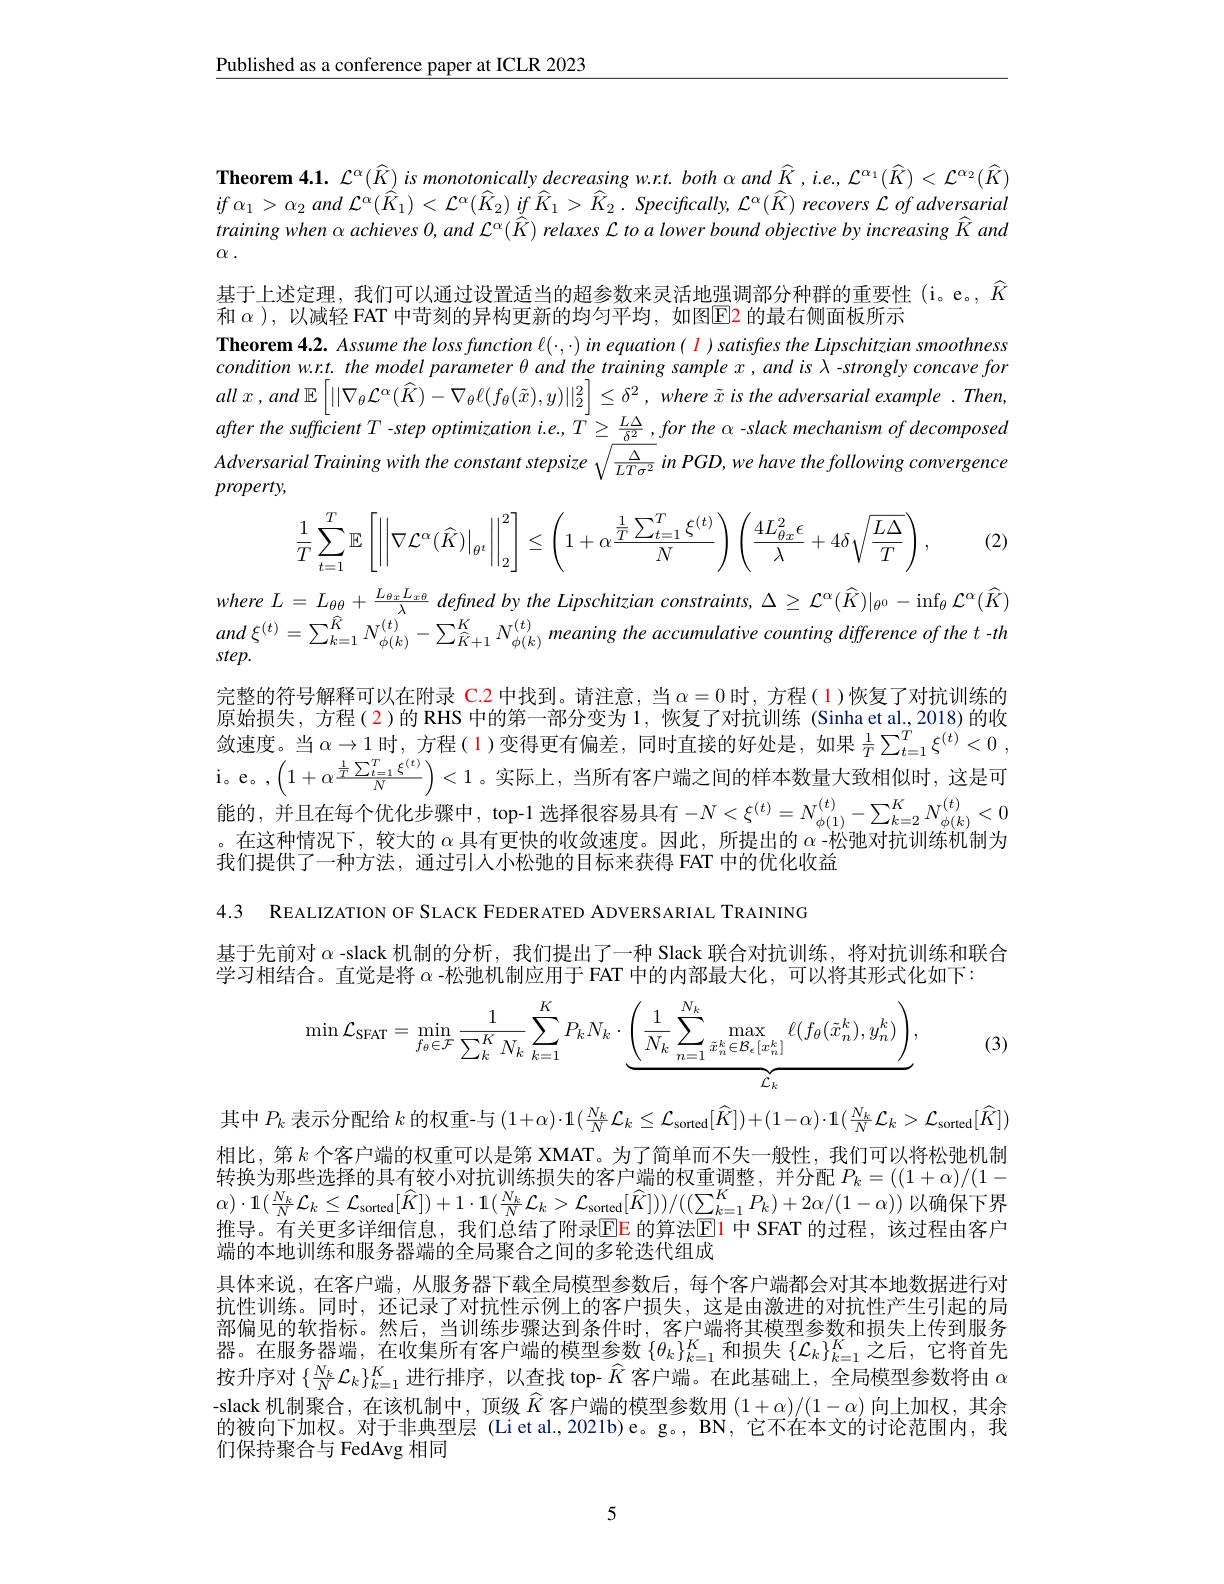
$\underline{\text{Published as a conference paper at ICLR 2023}}$

Theorem 4.1. $\mathcal{L}^\alpha(\widehat{K})$ is monotonically decreasing w.r.t. both $\alpha$ and $\widehat{K},ie.,\mathcal{L}^{\alpha_{1}}(\widehat{K})<\mathcal{L}^{\alpha_{2}}(\widehat{K})$ $if$ $\alpha _{1}> \alpha _{2}$ and $\mathcal{L} ^{\alpha }( \overset {\rightharpoonup }{\operatorname* { K} }_{1}) < \mathcal{L} ^{\alpha }( \overset {\partial }{\operatorname* { R} }_{2})$ $if$ $\hat{K} _{1}> \overset {\partial }{\operatorname* { K} }_{2}.$ $Specifically$, $\mathcal{L} ^{\alpha }( \widehat{K} )$ recovers $\mathcal{L}$ $of$ adversarial training when $\alpha$ achieves $0,and\mathcal{L}^{\alpha}(\hat{K})$ relaxes $\mathcal{L}$ to a lower bound objective by increasing $\hat{K}$ and

$\alpha$ .
基于上述定理，我们可以通过设置适当的超参数来灵活地强调部分种群的重要性(i。e。,$\widehat{K}$
和 $\alpha$ ), 以减轻 FAT 中苛刻的异构更新的均匀平均，如图$\color{red}{\mathrm{E}}$2 的最右侧面板所示
Theorem 4.2. Assume the loss function $\ell(\cdot,\cdot)$ in equation( $\color{red}l$ )satisfes the Lipschitzian smoothness condition w.r.t. the model parameter $\theta$ and the training sample $x,and$ is $\lambda$ -strongly concave for all $x$ , and $\mathbb{E} \left [ | | \nabla _\theta \mathcal{L} ^\alpha ( \widehat{K} ) - \nabla _\theta \ell ( f_\theta ( \tilde{x} ) , y) | | _2^2\right ] \leq \delta ^2$, where $\tilde{x}$ $is$ the adversarial example $. Then$, $\begin{array}{l}Adversarial\textit{Training with the constant stepsize }\sqrt{\frac{\Delta}{LT\sigma^{2}}}in\:PGD,we\:have\:the\:following\:convergence\\property,\end{array}$
$$\dfrac{1}{T}\sum\limits_{t=1}^{T}\mathbb{E}\left[\left|\left|\nabla\mathcal{L}^{\alpha}(\widehat{K})\right|_{\theta^t}\right|\right|_{2}^{2}]\leq\left(1+\alpha\dfrac{\frac{1}{T}\sum\limits_{t=1}^{T}\xi^{(t)}}{N}\right)\left(\dfrac{4L_{\theta x}^{2}\epsilon}{\lambda}+4\delta\sqrt{\dfrac{L\Delta}{T}}\right),$$
(2)

where $L=$ $L_{\theta \theta }+ \frac {L_{\theta x}L_{x\theta }}\lambda$ defined $by$ the Lipschitzian $constraints, \Delta \geq \mathcal{L} ^{\alpha }( \widehat{K} ) | _{\theta ^{0}}- \inf _{\theta }\mathcal{L} ^{\alpha }( \widehat{K} )$ and $\xi ^{( t) }= \sum _{k= 1}^{\widehat{K} }N_{\phi ( k) }^{( t) }- \sum _{\widehat{K} + 1}^{K}N_{\phi ( k) }^{( t) }$meaning the accumulative counting difference of the t-th

完整的符号解释可以在附录 C.2 中找到。请注意，当$\alpha=0$时，方程( 1)恢复了对抗训练的原始损失，方程(2)的 RHS 中的第一部分变为 1, 恢复了对抗训练 (Sinha et al., 2018) 的收敛速度。当$\alpha\to1$时，方程(1)变得更有偏差，同时直接的好处是，如果$\frac1T\sum_{t=1}^T\xi^{(t)}<0$, i。e。, $\left ( 1+ \alpha \frac {\frac 1T\sum _{t= 1}^{T}\xi ^{( t) }}N\right ) < 1$。实际上，当所有客户端之间的样本数量大致相似时，这是可能的，并且在每个优化步骤中，top-1 选择很容易具有$-N<\xi^{(t)}=N_{\phi(1)}^{(t)}-\sum_{k=2}^KN_{\phi(k)}^{(t)}<0$ 。在这种情况下，较大的$\alpha$具有更快的收敛速度。因此，所提出的$\alpha$ -松弛对抗训练机制为我们提供了一种方法，通过引人小松弛的目标来获得 FAT 中的优化收益

4.3 REALIZATION OF SLACK FEDERATED ADVERSARIAL TRAINING

基于先前对$\alpha$ -slack 机制的分析，我们提出了一种 Slack 联合对抗训练，将对抗训练和联合
学习相结合。直觉是将$\alpha$ -松弛机制应用于 FAT 中的内部最大化，可以将其形式化如下：
$$\min\mathcal{L}_{\mathrm{SFAT}}=\min_{f_{\theta}\in\mathcal{F}}\frac{1}{\sum_{k}^{K}N_{k}}\sum_{k=1}^{K}P_{k}N_{k}\cdot\underbrace{\left(\frac{1}{N_{k}}\sum_{n=1}^{N_{k}}\max_{\tilde{x}_{n}^{k}\in\mathcal{B}_{e}[x_{n}^{k}]}\ell(f_{\theta}(\tilde{x}_{n}^{k}),y_{n}^{k})\right)}_{\mathcal{L}_{k}},$$
(3)

其中$P_k$表示分配给$k$的权重-与$(1+\alpha)\cdot1(\frac{N_k}N\mathcal{L}_k\leq\mathcal{L}_{\mathrm{sorted}}[\widehat{K}])+(1-\alpha)\cdot1(\frac{N_k}N\mathcal{L}_k>\mathcal{L}_{\mathrm{sorted}}[\widehat{K}])$ 相比，第$k$个客户端的权重可以是第 XMAT。为了简单而不失一般性，我们可以将松弛机制转换为那些选择的具有较小对抗训练损失的客户端的权重调整，并分配$P_k=((1+\alpha)/(1-$ $\alpha)\cdot1(\frac{N_{k}}{N}\mathcal{L}_{k}\leq\mathcal{L}_{\mathrm{sorted}}[\widehat{K}])+1\cdot1(\frac{N_{k}}{N}\mathcal{L}_{k}>\mathcal{L}_{\mathrm{sorted}}[\widehat{K}]))/((\sum_{k=1}^{K}P_{k})+2\alpha/(1-\alpha))$以确保下界推导。有关更多详细信息，我们总结了附录$\color{red}{\mathrm{EE}}$的算法$\color{blue}{\mathrm{E}}\color{red}{\mathrm{1}}$ 中 SFAT 的过程，该过程由客户端的本地训练和服务器端的全局聚合之间的多轮迭代组成
具体来说，在客户端，从服务器下载全局模型参数后，每个客户端都会对其本地数据进行对抗性训练。同时，还记录了对抗性示例上的客户损失，这是由激进的对抗性产生引起的局部偏见的软指标。然后，当训练步骤达到条件时，客户端将其模型参数和损失上传到服务器。在服务器端，在收集所有客户端的模型参数$\{\theta_k\}_{k=1}^K$和损失$\{\mathcal{L}_k\}_{k=1}^K$之后，它将首先按升序对$\{\frac{N_k}N\mathcal{L}_k\}_{k=1}^K$进行排序，以查找 top- $\widehat{K}$客户端。在此基础上，全局模型参数将由$\alpha$ -slack 机制聚合，在该机制中，顶级$\widehat{K}$客户端的模型参数用$(1+\alpha)/(1-\alpha)$向上加权，其余的被向下加权。对于非典型层 (Liet al.,2021b)e。g。, BN, 它不在本文的讨论范围内，我们保持聚合与 FedAvg 相同

5